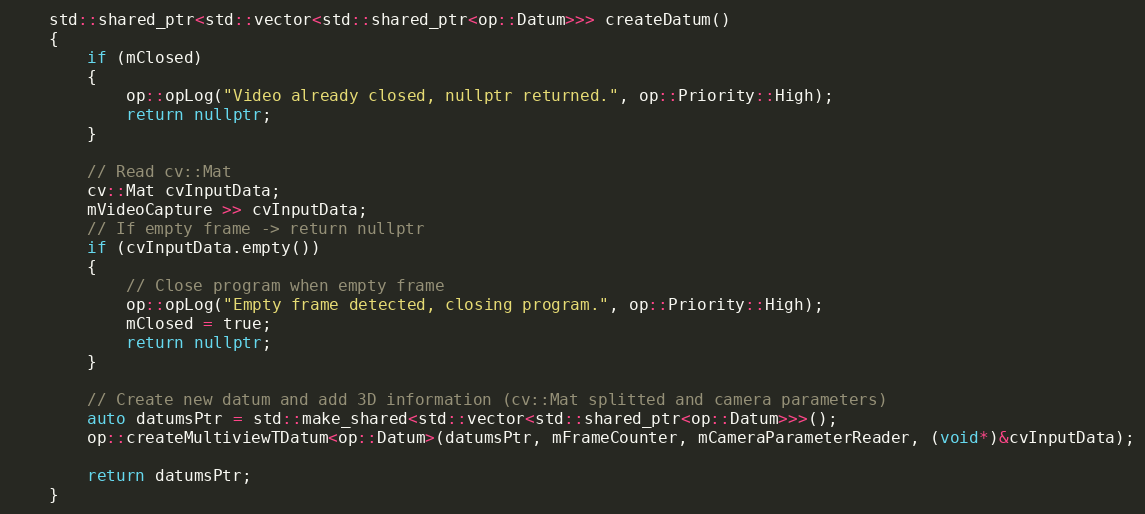
Language: C++
    std::shared_ptr<std::vector<std::shared_ptr<op::Datum>>> createDatum()
    {
        if (mClosed)
        {
            op::opLog("Video already closed, nullptr returned.", op::Priority::High);
            return nullptr;
        }

        // Read cv::Mat
        cv::Mat cvInputData;
        mVideoCapture >> cvInputData;
        // If empty frame -> return nullptr
        if (cvInputData.empty())
        {
            // Close program when empty frame
            op::opLog("Empty frame detected, closing program.", op::Priority::High);
            mClosed = true;
            return nullptr;
        }

        // Create new datum and add 3D information (cv::Mat splitted and camera parameters)
        auto datumsPtr = std::make_shared<std::vector<std::shared_ptr<op::Datum>>>();
        op::createMultiviewTDatum<op::Datum>(datumsPtr, mFrameCounter, mCameraParameterReader, (void*)&cvInputData);

        return datumsPtr;
    }